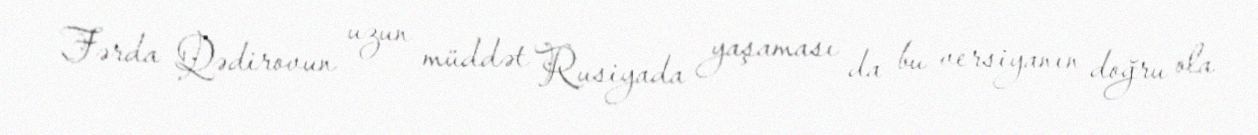
Fərda Qədirovun uzun müddət Rusiyada yaşaması da bu versiyanın doğru ola